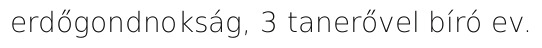
erdőgondnokság, 3 tanerővel bíró ev.